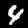
Digit: 4